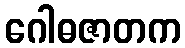
ဂေါဓဇာတက